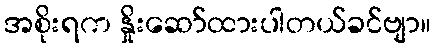
အစိုးရက နှိုးဆော်ထားပါတယ်ခင်ဗျာ။